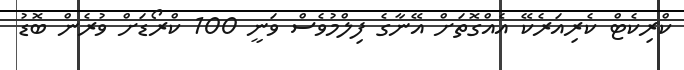
ކްރިކެޓް ކެރިއަރެކޭ އެއްގޮތަށް އޭނާގެ ފިލްމުވެސް ވަނީ 100 ކްރޯޑަށް ވުރެން ބޮޑު